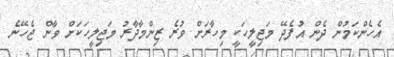
އެހެންކަމުން ދެން އުފެދޭ މަޖިލީހަކީ މިހާރަށް ވުރެ ޒިންމާދާރު މަޖިލީހަކަށް ވާން ޖެހޭނެ